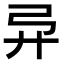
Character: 𫸦